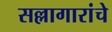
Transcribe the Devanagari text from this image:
सल्लागारांचे